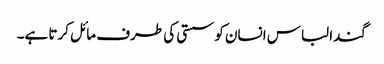
گندا لباس انسان کو سستی کی طرف مائل کرتا ہے۔